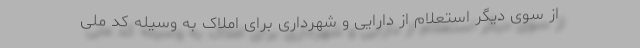
از سوی دیگر استعلام از دارایی و شهرداری برای املاک به وسیله کد ملی